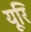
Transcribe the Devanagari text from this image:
यूरि